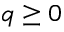
q \geq 0